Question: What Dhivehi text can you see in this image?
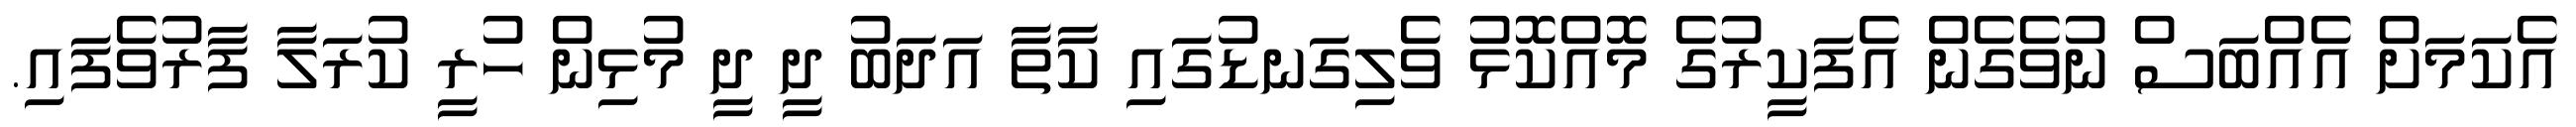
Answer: އެކަމަށް އެއްބަސް ނުވެގެން އެފަކީރުގެ މޮއްކޮޅު ވެލިގަނޑުގައި ކާތާ އަދަބު ދީ ދީ މުޅިން ހުރީ ކުރަލާ ފާރުވެފައި.